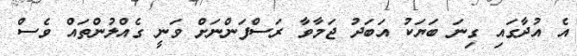
އެ އުދާގައި ގިނަ ބަޔަކު އަބަދު ޖަމާވާ ރަސްފަންނަށް ވަނީ ގެއްލުންތައް ވެސް